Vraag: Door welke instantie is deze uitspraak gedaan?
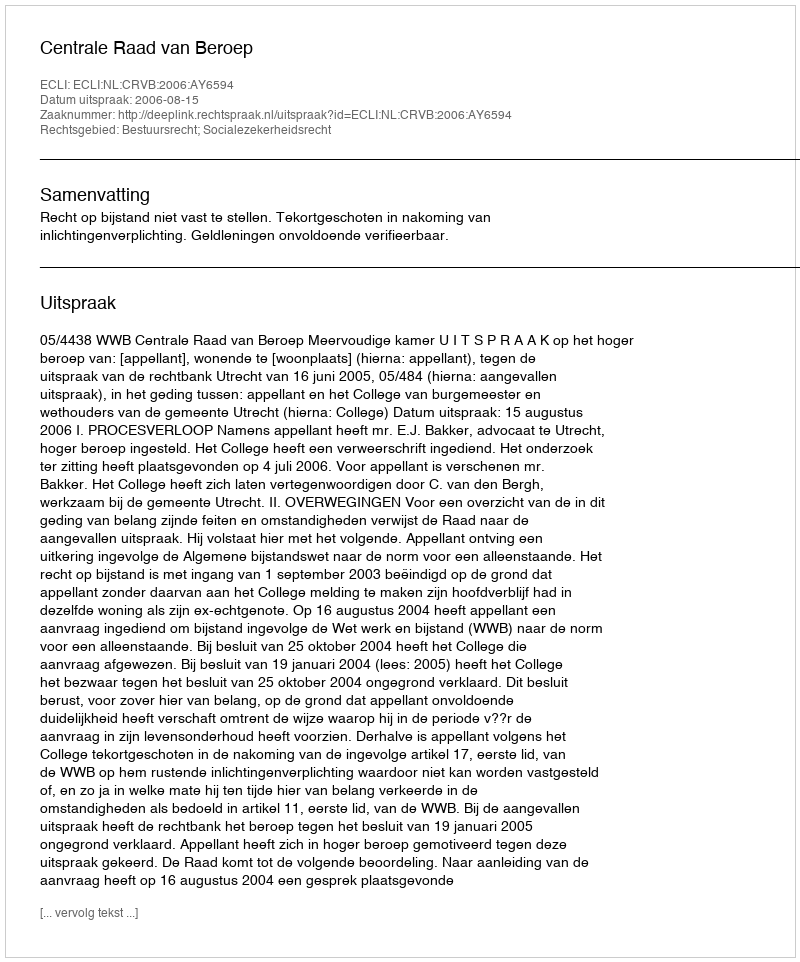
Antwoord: Centrale Raad van Beroep